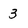
Character: 3